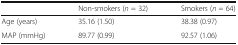
|  | Non-smokers (n = 32) | Smokers (n = 64) |
 | --- | --- | --- |
 | Age (years) | 35.16 (1.50) | 38.38 (0.97) |
 | MAP (mmHg) | 89.77 (0.99) | 92.57 (1.06) |